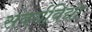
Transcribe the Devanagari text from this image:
संवर्गविद्या